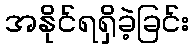
အနိုင်ရရှိခဲ့ခြင်း